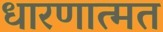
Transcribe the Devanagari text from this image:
धारणात्मत